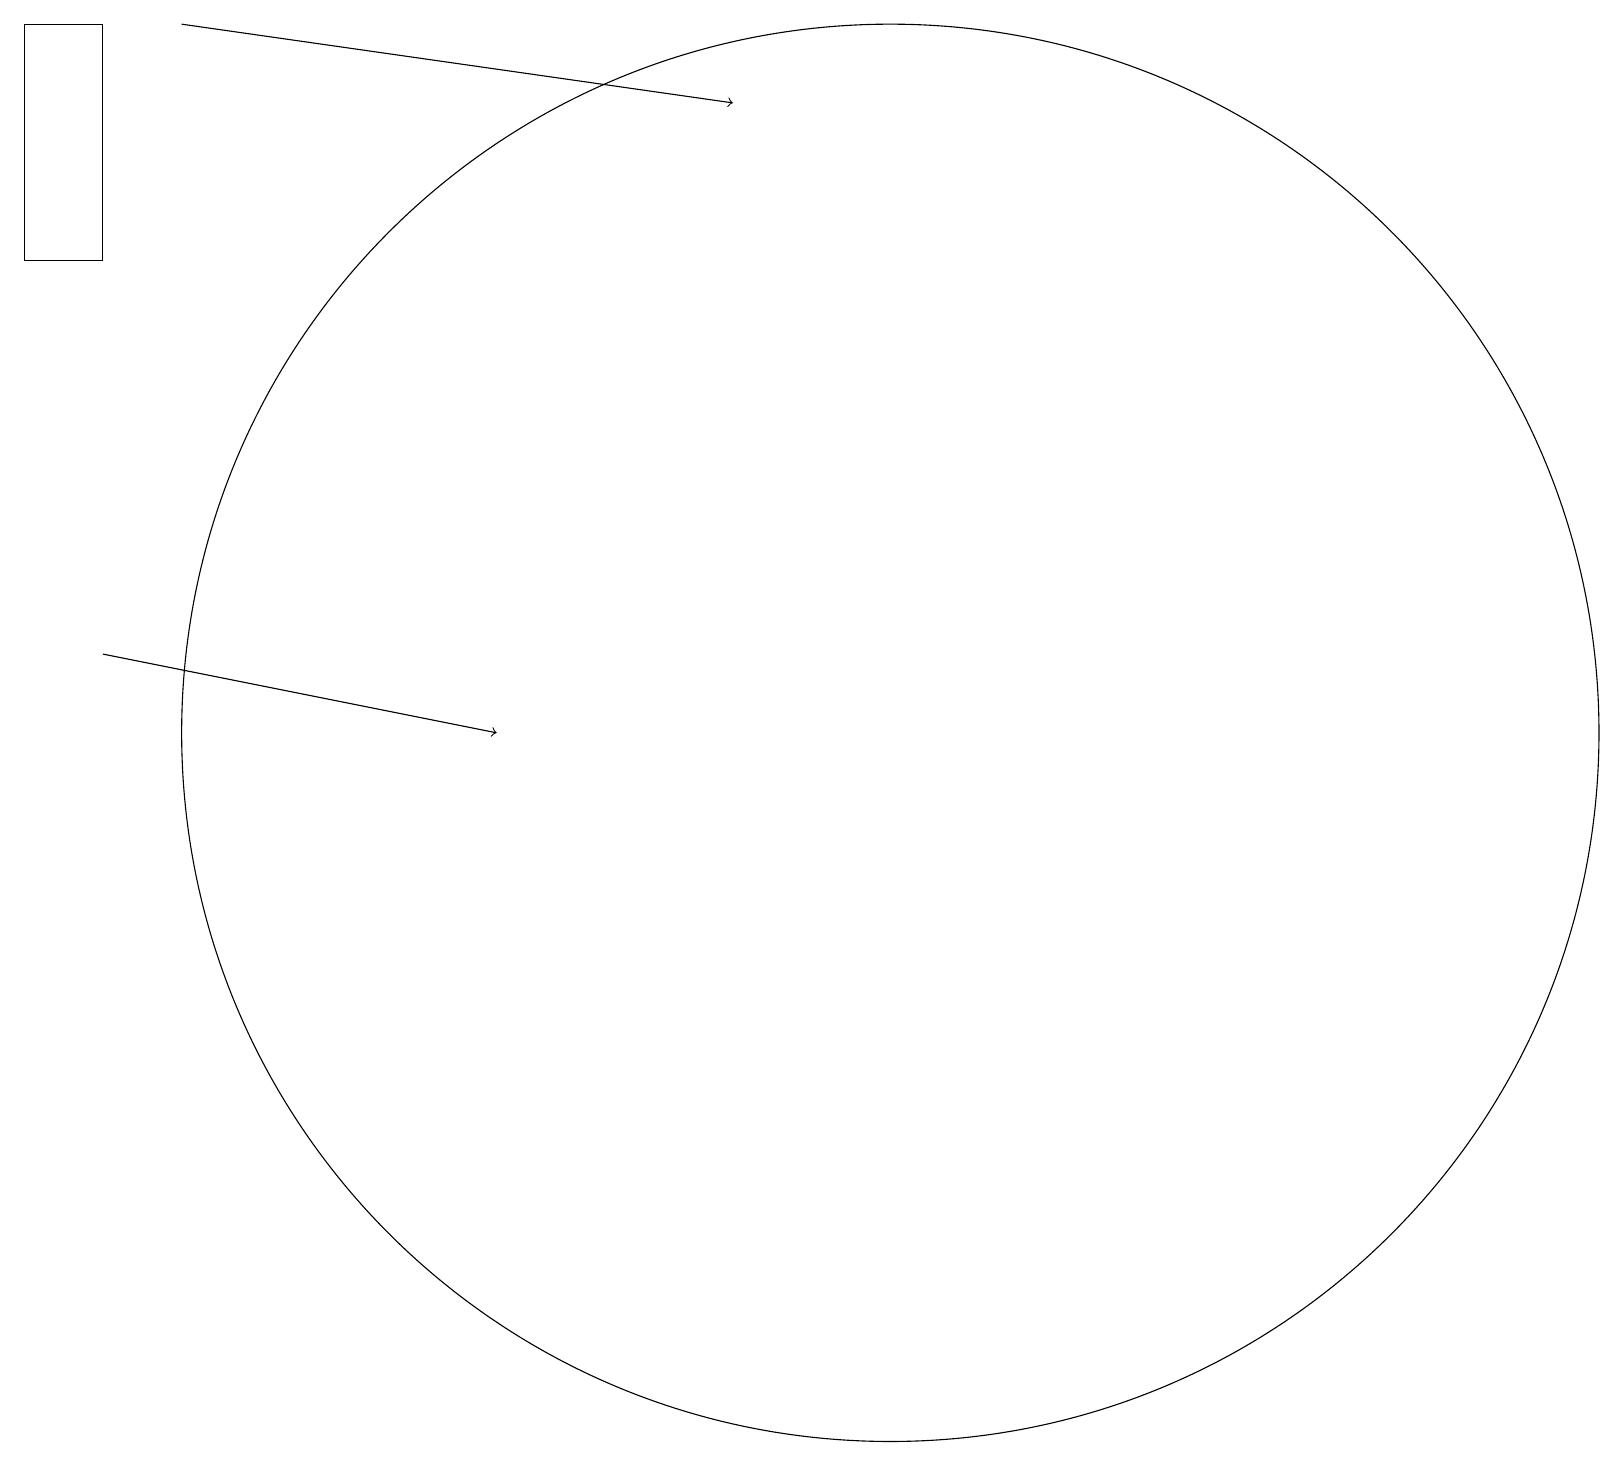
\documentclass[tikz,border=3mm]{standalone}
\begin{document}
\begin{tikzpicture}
\draw (0,16) rectangle (1,19);
\draw (11,10) circle (9);
\draw[->] (1,11) -- (6,10);
\draw[->] (2,19) -- (9,18);
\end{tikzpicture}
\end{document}